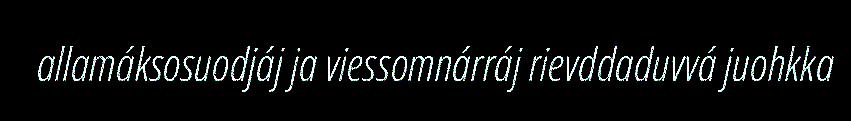
allamáksosuodjáj ja viessomnárráj rievddaduvvá juohkka